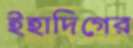
ইহাদিগের